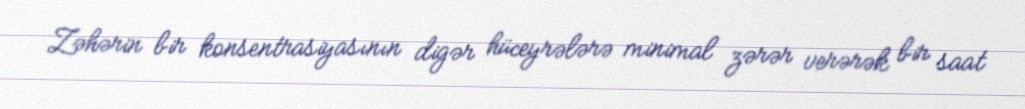
Zəhərin bir konsentrasiyasının digər hüceyrələrə minimal zərər verərək bir saat